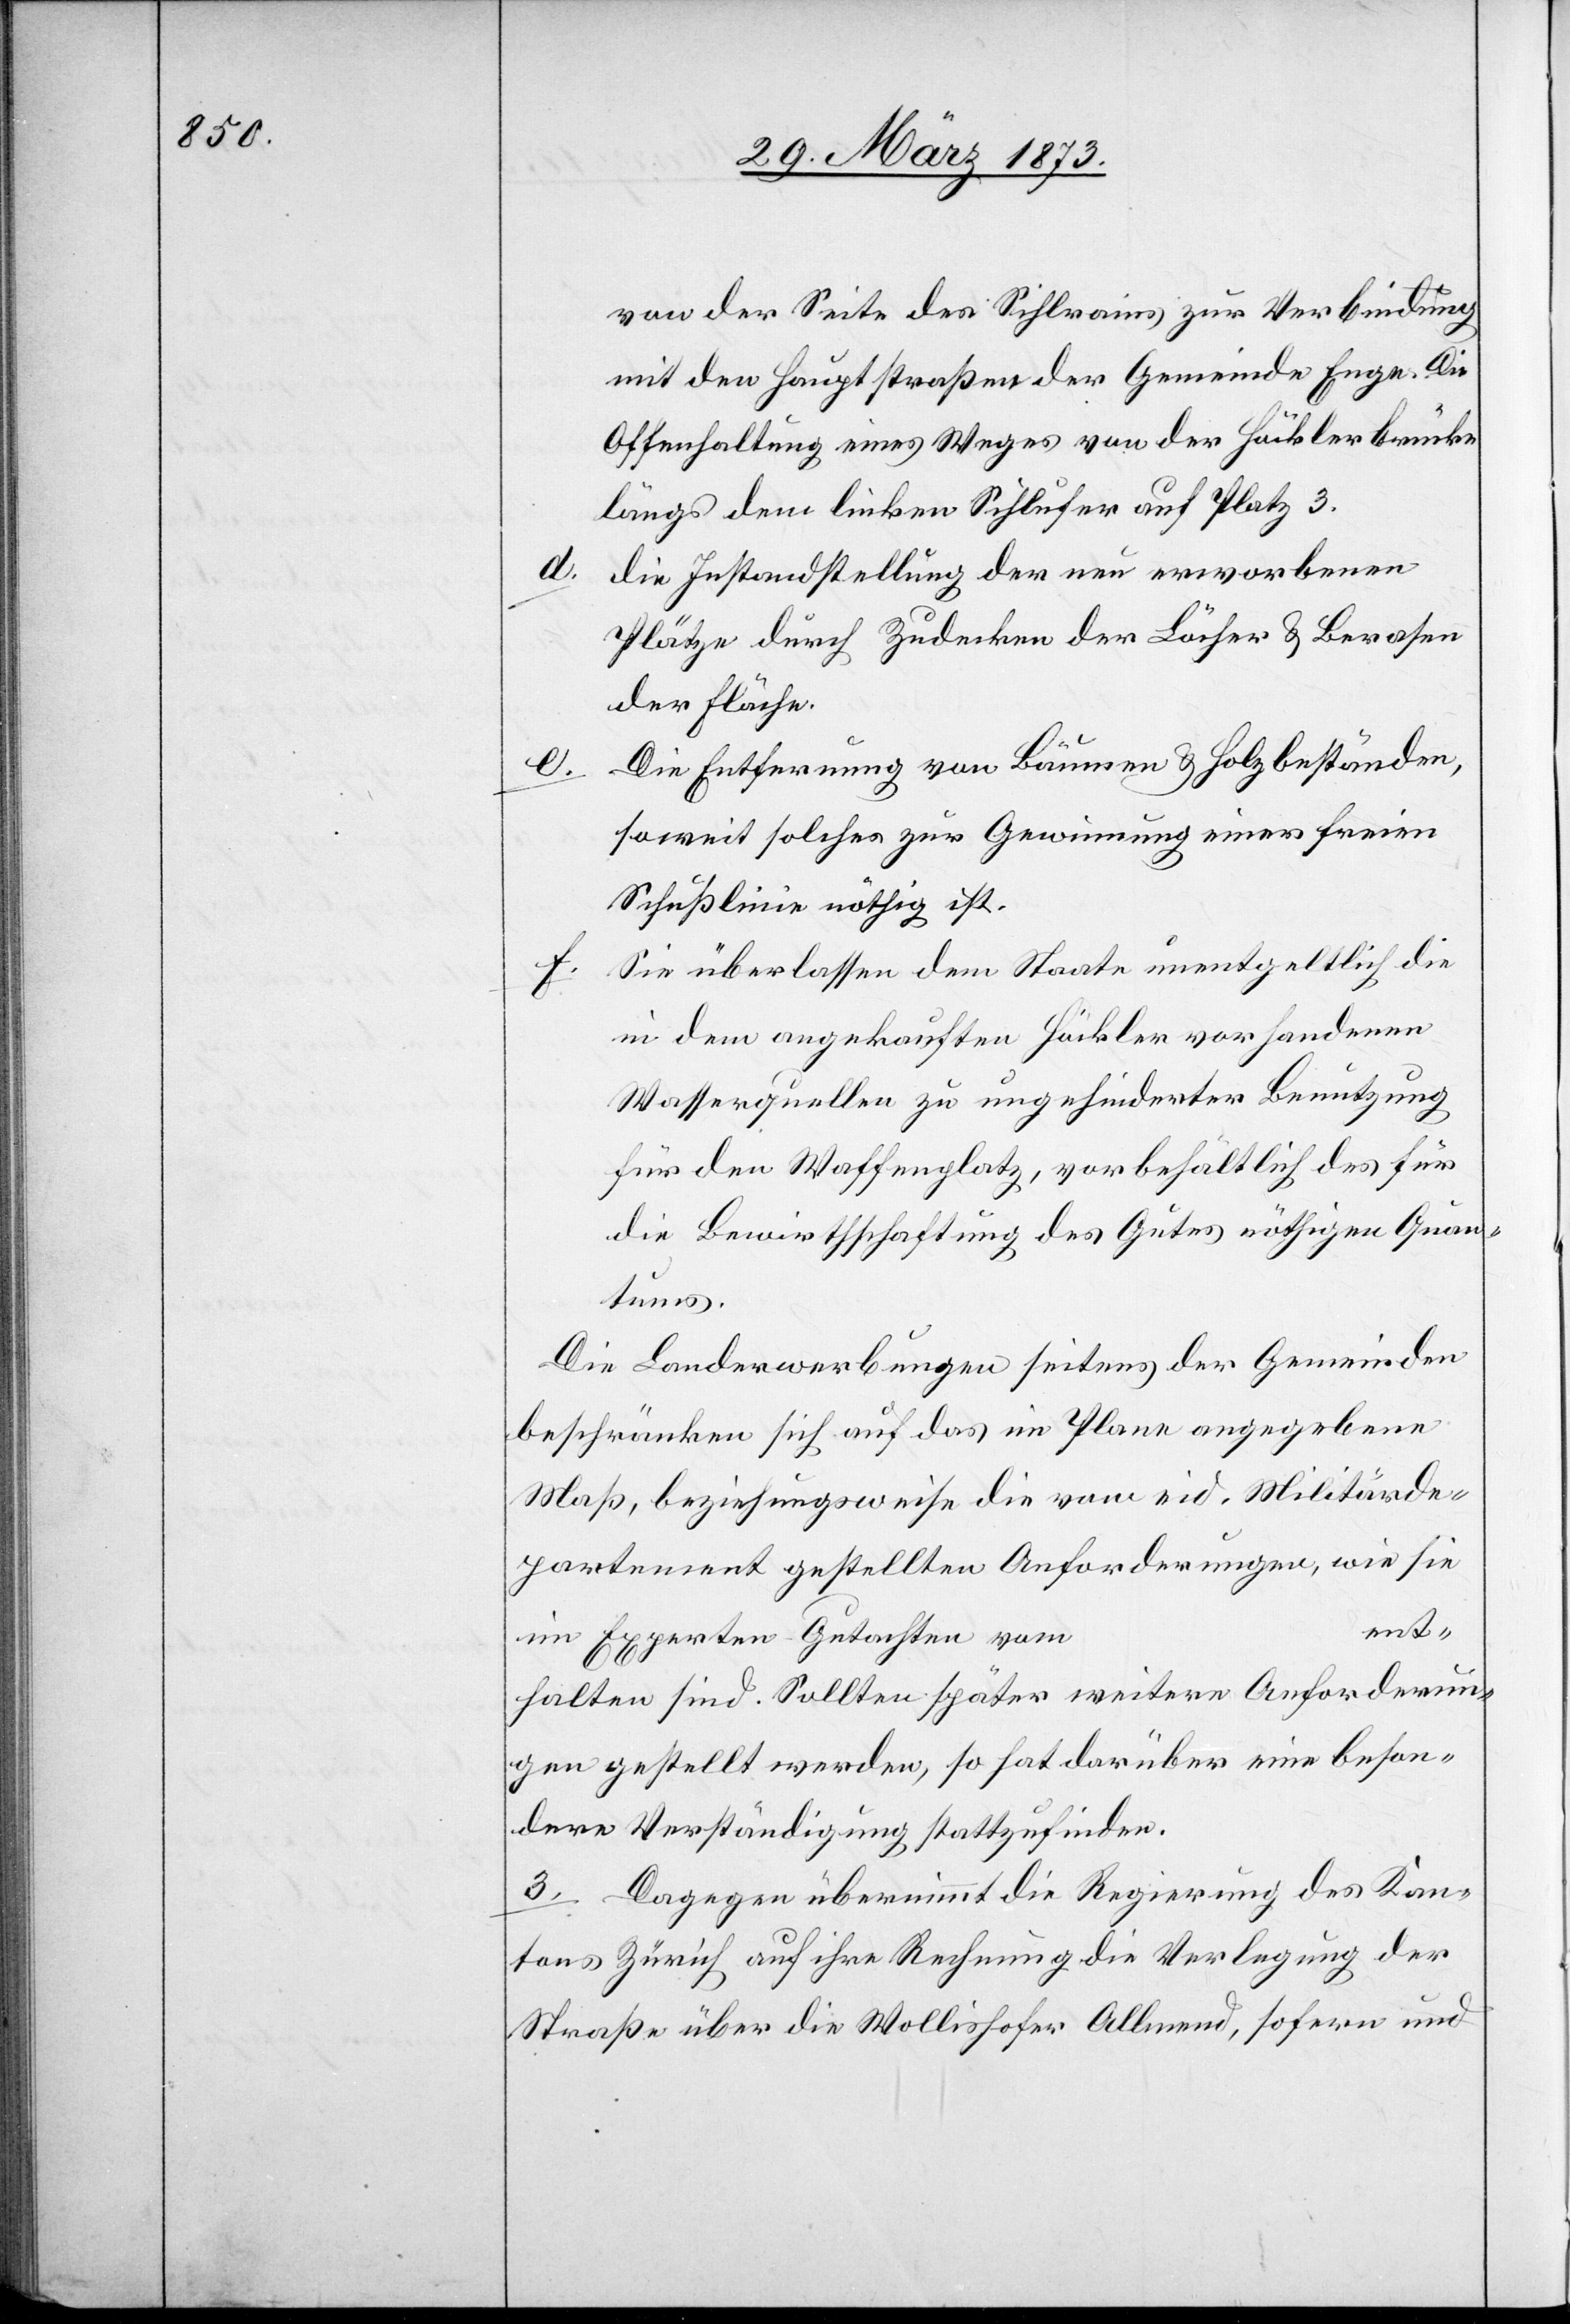
von der Seite des Sihlrains zur Verbindung
mit den Hauptstraßen der Gemeinde Enge. Die
Offenhaltung eines Weges von der Häcklerbrücke
längs dem linken Sihlufer auf Platz 3.
d.
die Instandstellung der neu erworbenen
Plätze durch Zudecken der Löcher u. Berasen
der Fläche.
Die Entfernung von Bäumen u. Holzbeständen,
soweit solcher zur Gewinnung einer freien
Schußlinie nöthig ist.
f. Sie überlassen dem Staate unentgeltlich die
in dem angekauften Häckler vorhandenen
Wasserquellen zu ungehinderter Benutzung
für den Waffenplatz, vorbehältlich des für
die Bewirthschaftung des Gutes nöthigen Quan¬
tums.
Die Landerwerbungen seitens der Gemeinden
beschränken sich auf das im Plane angegebene
Maß, beziehungsweise die vom eid. Militärde¬
partement gestellten Anforderungen, wie sie
ent¬
im Experten-Gutachten vom
halten sind. Sollten später weitere Anforderun¬
gen gestellt werden, so hat darüber eine beson¬
dere Verständigung stattzufinden.
3. Dagegen übernimmt die Regierung des Kan¬
tons Zürich auf ihre Rechnung die Verlegung der
Straße über die Wollishofer Allmend, sofern und